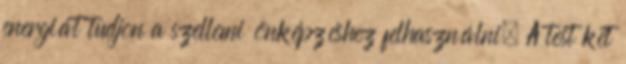
energiát tudjon a szellemi önképzéshez felhasználni. A test két